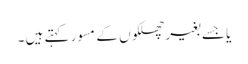
یا جسے بغیر چھلکوں کے مسور کہتے ہیں ۔